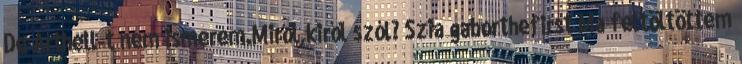
De Arthell-t nem ismerem.Miről,kiről szól? Szia gaborthefirst Ma feltöltöttem